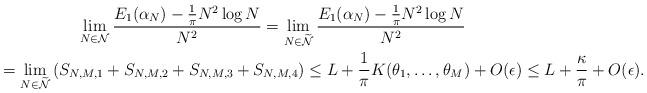
LaTeX: \begin{gather*}\lim_{N\in\mathcal{N}}\frac{E_{1}(\alpha_{N})-\frac{1}{\pi}N^{2}\log N}{N^{2}}=\lim_{N\in\widetilde{\mathcal{N}}}\frac{E_{1}(\alpha_{N})-\frac{1}{\pi}N^{2}\log N}{N^{2}}\\=\lim_{N\in\widetilde{\mathcal{N}}}\left(S_{N,M,1}+S_{N,M,2}+S_{N,M,3}+S_{N,M,4}\right)\leq L+\frac{1}{\pi} K(\theta_{1},\ldots,\theta_{M})+O(\epsilon)\leq L+\frac{\kappa}{\pi}+O(\epsilon).\end{gather*}